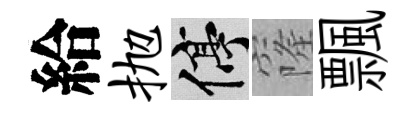
給抛停窿飄